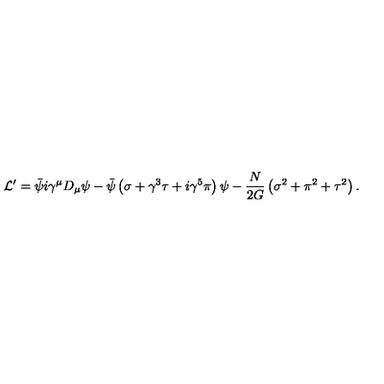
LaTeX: { \cal L } ^ { \prime } = \bar { \psi } i \gamma ^ { \mu } D _ { \mu } \psi - \bar { \psi } \left( \sigma + \gamma ^ { 3 } \tau + i \gamma ^ { 5 } \pi \right) \psi - { \frac { N } { 2 G } } \left( \sigma ^ { 2 } + \pi ^ { 2 } + \tau ^ { 2 } \right) .